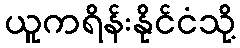
ယူကရိန်းနိုင်ငံသို့